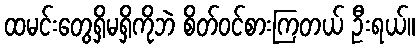
ထမင်းတွေရှိမရှိကိုဘဲ စိတ်ဝင်စားကြတယ် ဦးရယ်။